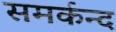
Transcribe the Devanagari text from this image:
समर्कन्द